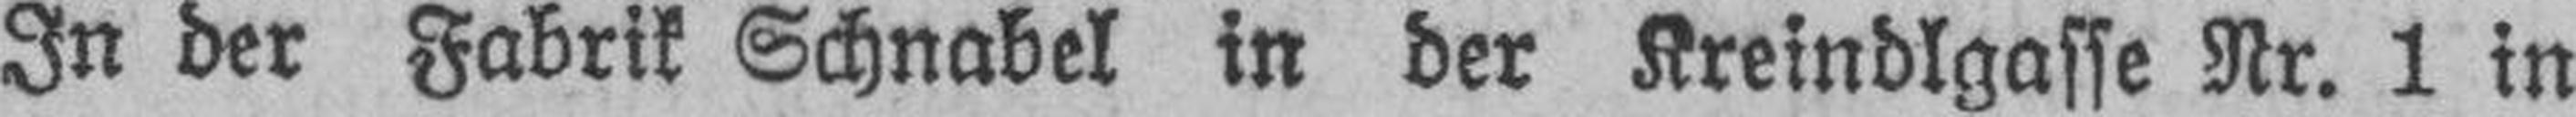
In der Fabrik Schnabel in der Kreindlgasse Nr. 1 in